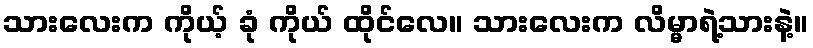
သားလေးက ကိုယ့် ခုံ ကိုယ် ထိုင်လေ။ သားလေးက လိမ္မာရဲ့သားနဲ့။